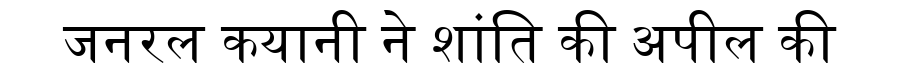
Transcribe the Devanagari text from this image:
जनरल कयानी ने शांति की अपील की